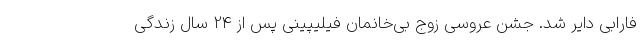
فارابی دایر شد. جشن عروسی زوج بی‌خانمان فیلیپینی پس از 24 سال زندگی